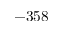
- 3 5 8